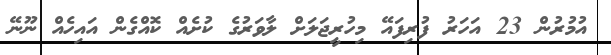
އުމުރުން 23 އަހަރު ފުރިފައޭ މިހުރީޖަލަށް ލާވަރުގެ ކުށެއް ކޮއްގެން އައިހެއް ނޫނޭ